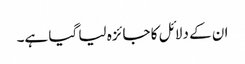
ان کے دلائل کا جائزہ لیا گیا ہے۔